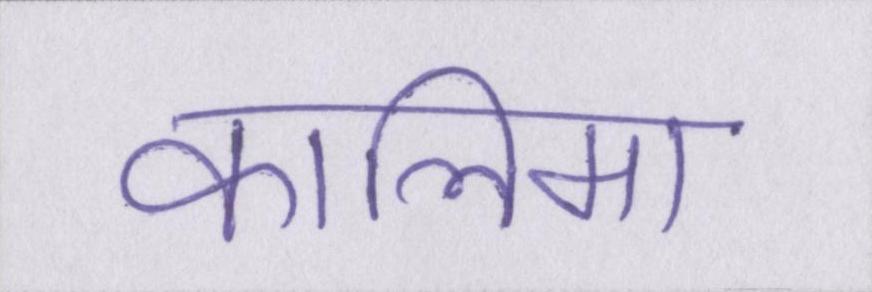
कालिमा